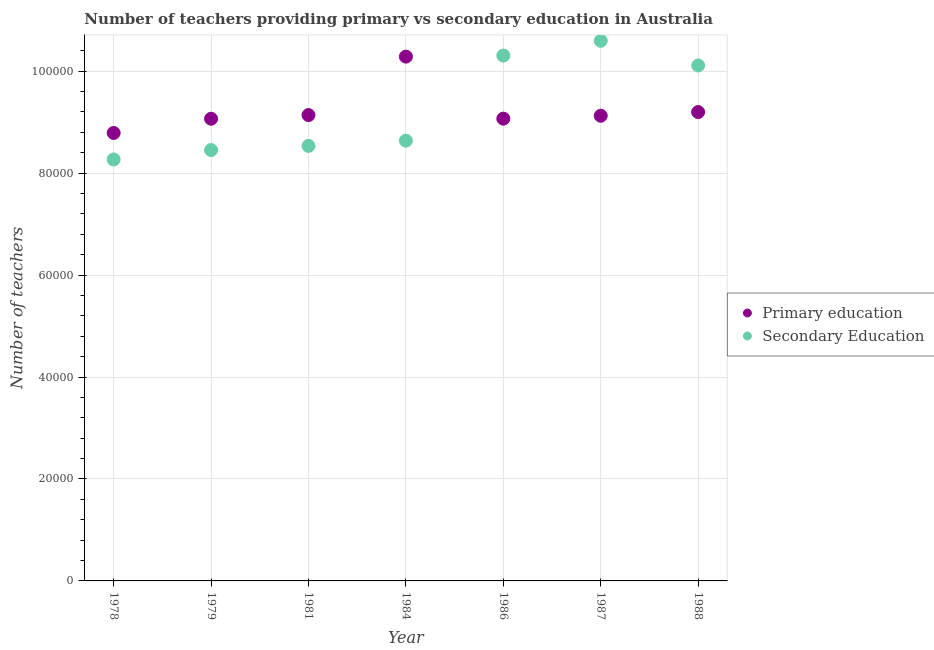
| Year | Primary education | Secondary Education |
 | --- | --- | --- |
 | 1978 | 8.79e+04 | 8.27e+04 |
 | 1979 | 9.07e+04 | 8.45e+04 |
 | 1981 | 9.14e+04 | 8.53e+04 |
 | 1984 | 1.03e+05 | 8.64e+04 |
 | 1986 | 9.07e+04 | 1.03e+05 |
 | 1987 | 9.13e+04 | 1.06e+05 |
 | 1988 | 9.2e+04 | 1.01e+05 |